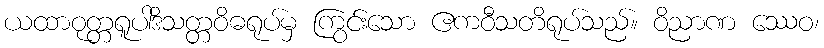
ယထာဝုတ္တရူပါဒိသတ္တဝိဓရုပ်မှ ကြွင်းသော ဧကဝီသတိရုပ်သည်။ ဝိညာဏ ဿေဝ၊